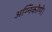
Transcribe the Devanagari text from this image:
अग्निकोणे।